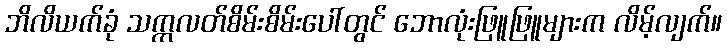
ဘိလိယက်ခုံ သက္ကလတ်စိမ်းစိမ်းပေါ်တွင် ဘောလုံးဖြူဖြူများက လိမ့်လျက်။